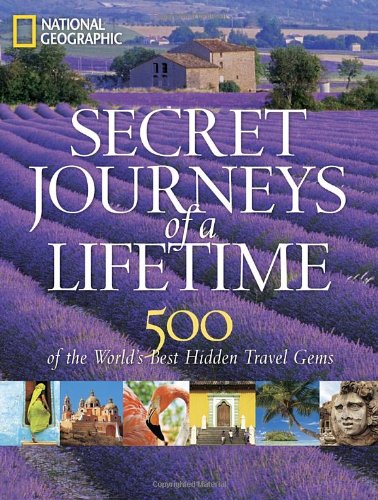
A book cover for Secret Journeys of a Lifetime: 500 of the World's Best Hidden Travel Gems; National Geographic; Travel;